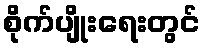
စိုက်ပျိုးရေးတွင်